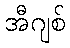
အီဂျစ်